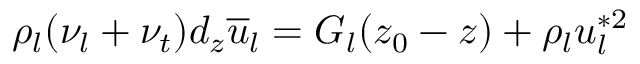
\rho _ { l } ( \nu _ { l } + \nu _ { t } ) d _ { z } \overline { { u } } _ { l } = G _ { l } ( z _ { 0 } - z ) + \rho _ { l } u _ { l } ^ { * 2 }